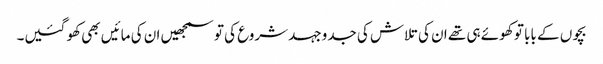
بچوں کے بابا تو کھوئے ہی تھے ان کی تلاش کی جدوجہد شروع کی تو سمجھیں ان کی مائیں بھی کھو گئیں۔